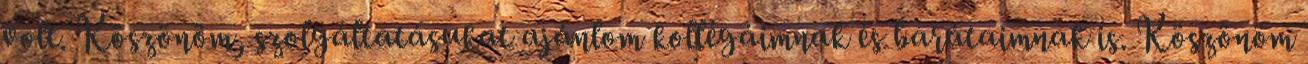
volt. Köszönöm, szolgáltatásukat ajánlom kollégáimnak és barátaimnak is. Köszönöm